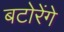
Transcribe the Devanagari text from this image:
बटोरेंगे